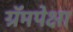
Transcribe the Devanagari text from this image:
ग्रॅमपेक्षा